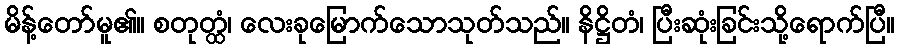
မိန့်တော်မူ၏။ စတုတ္ထံ၊ လေးခုမြောက်သောသုတ်သည်။ နိဋ္ဌိတံ၊ ပြီးဆုံးခြင်းသို့ရောက်ပြီ။